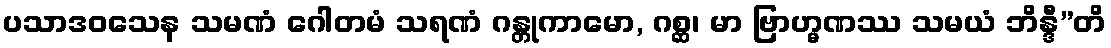
ပသာဒဝသေန သမဏံ ဂေါတမံ သရဏံ ဂန္တုကာမော, ဂစ္ဆ၊ မာ ဗြာဟ္မဏဿ သမယံ ဘိန္ဒီ”တိ